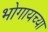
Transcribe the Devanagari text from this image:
भोगायच्या